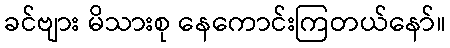
ခင်ဗျား မိသားစု နေကောင်းကြတယ်နော်။